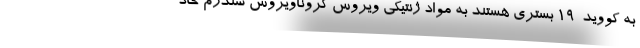
به کووید-۱۹ بستری هستند به مواد ژنتیکی ویروس کروناویروس سندرم حاد